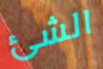
الشئ